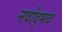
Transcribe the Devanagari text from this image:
नवोद्भव